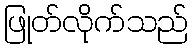
ဖြုတ်လိုက်သည်